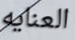
العنايه